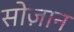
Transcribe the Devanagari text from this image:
सोज़ान